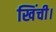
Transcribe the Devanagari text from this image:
खिंची।